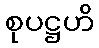
စုပဋ္ဌဟိ